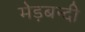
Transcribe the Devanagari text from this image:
मेड़बन्दी